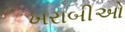
ખરાબીઓ